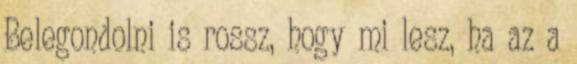
Belegondolni is rossz, hogy mi lesz, ha az a